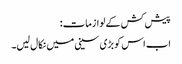
پیش کش کے لوازمات:
اب اس کو بڑی سینی میں نکال لیں۔